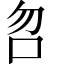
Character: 𠯳